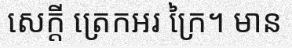
សេក្តី ត្រេកអរ ក្រៃ។ មាន